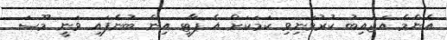
އެންމެ އަޖައިބު ކުރުވަނިވި ކަމަކަށް އެ ޕާޓީ އިން ބުނެފައި ވަނީ މޫސަ